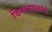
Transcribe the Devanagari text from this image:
विमानतळांचे